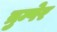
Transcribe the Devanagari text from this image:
त्रुम्पेर